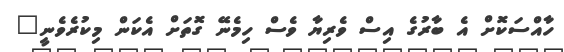
ހާއްސަކޮށް އެ ބާރުގެ އިސް ވެރިޔާ ވެސް ހިމެނޭ ގޮތަށް އެކަން މިކުރެވެނީ"